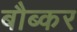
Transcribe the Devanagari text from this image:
बौब्कर